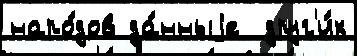
наро́дов да́нныjе  друг'и́х